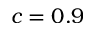
c = 0 . 9